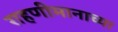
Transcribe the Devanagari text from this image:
राहणीमानाच्या